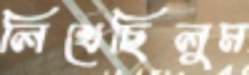
লিখেছিলুম